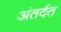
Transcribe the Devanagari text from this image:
अंतर्दत